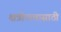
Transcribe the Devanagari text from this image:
क्षत्रीयत्वासाठी